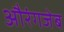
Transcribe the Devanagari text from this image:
अौरंगजेब